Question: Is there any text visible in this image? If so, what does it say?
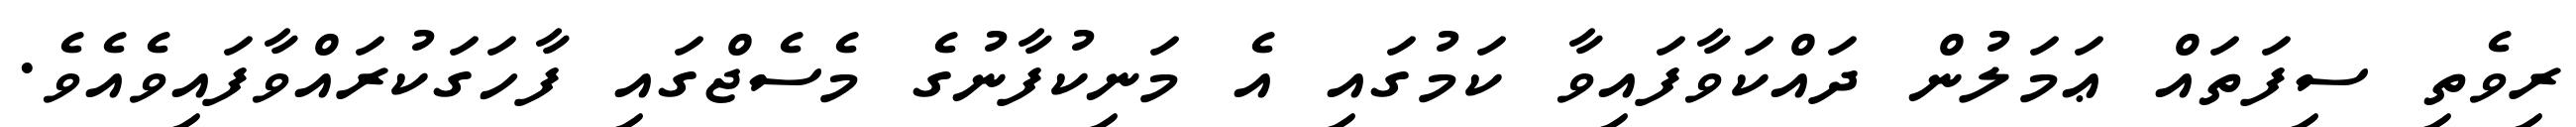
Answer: ރިވެތި ސިފަތައް ޢަމަލުން ދައްކަވާފައިވާ ކަމުގައި އެ މަނިކުފާނުގެ މެސެޖްގައި ފާހަގަކުރައްވާފައިވެއެވެ.